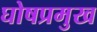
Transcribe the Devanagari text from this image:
घोषप्रमुख